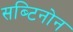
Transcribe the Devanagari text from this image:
सब्टिनोन